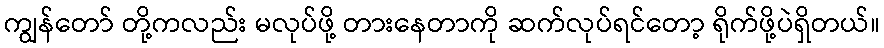
ကျွန်တော် တို့ကလည်း မလုပ်ဖို့ တားနေတာကို ဆက်လုပ်ရင်တော့ ရိုက်ဖို့ပဲရှိတယ်။